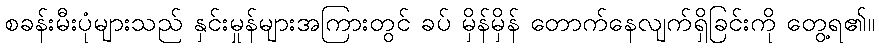
စခန်းမီးပုံများသည် နှင်းမှုန်များအကြားတွင် ခပ် မှိန်မှိန် တောက်နေလျက်ရှိခြင်းကို တွေ့ရ၏။